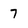
Character: 7